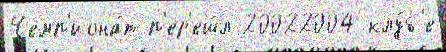
Чемп'иона́т п'ер'еш́л 20022004 клу́б'е